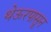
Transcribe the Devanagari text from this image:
थेऊरपासून